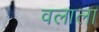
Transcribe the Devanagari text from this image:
वलाला